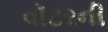
વૉટરની